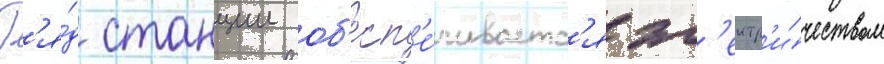
Р'я́д станции об'есп'е́чиваетс'я эл'ектр'и́чеством